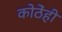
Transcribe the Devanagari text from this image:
कोठेंही